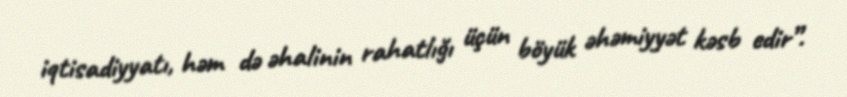
iqtisadiyyatı, həm də əhalinin rahatlığı üçün böyük əhəmiyyət kəsb edir”.